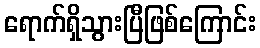
ရောက်ရှိသွားပြီဖြစ်ကြောင်း